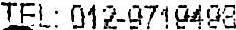
TEL: 012-9719498